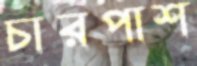
চারপাশ